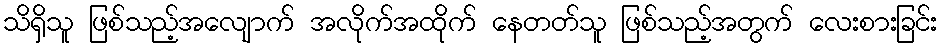
သိရှိသူ ဖြစ်သည့်အလျောက် အလိုက်အထိုက် နေတတ်သူ ဖြစ်သည့်အတွက် လေးစားခြင်း